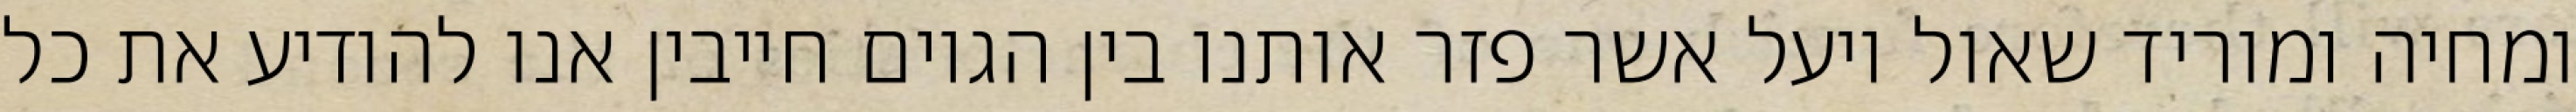
ומחיה ומוריד שאול ויעל אשר פזר אותנו בין הגוים חייבין אנו להודיע את כל